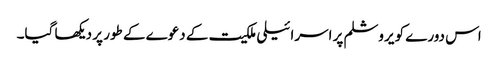
اس دورے کو یروشلم پر اسرائیلی ملکیت کے دعوے کے طور پر دیکھا گیا۔